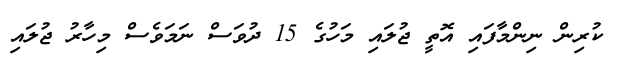
ކުރިން ނިންމާފައި އޮތީ ޖުލައި މަހުގެ 15 ދުވަސް ނަމަވެސް މިހާރު ޖުލައި